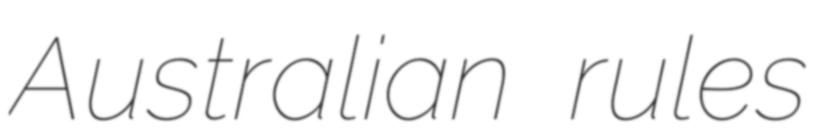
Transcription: Australian rules